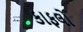
કાફલો